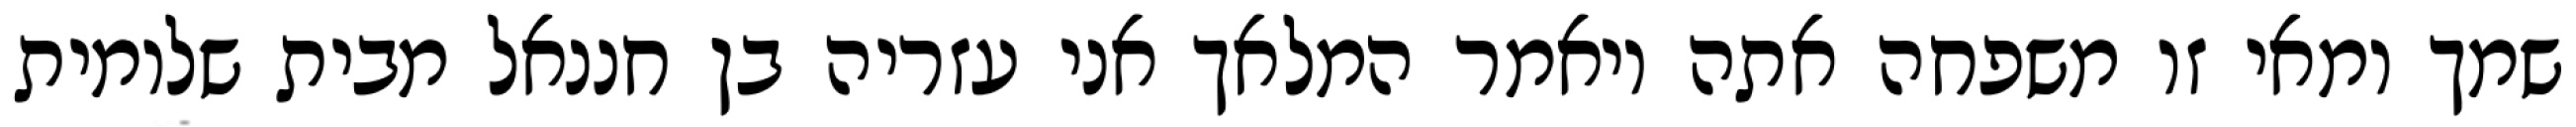
שמך ומאי זו משפחה אתה ויאמר המלאך אני עזריה בן חננאל מבית שלומית